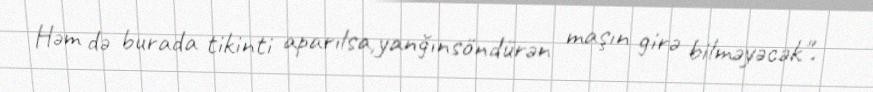
Həm də burada tikinti aparılsa,yanğınsöndürən maşın girə bilməyəcək".